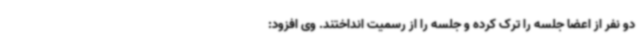
دو نفر از اعضا جلسه را ترک کرده و جلسه را از رسمیت انداختند. وی افزود: